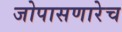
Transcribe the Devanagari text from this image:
जोपासणारेच